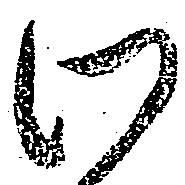
わ